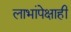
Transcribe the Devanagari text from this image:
लाभांपेक्षाही